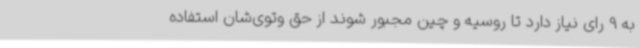
به 9 رای نیاز دارد تا روسیه و چین مجبور شوند از حق وتوی‌شان استفاده